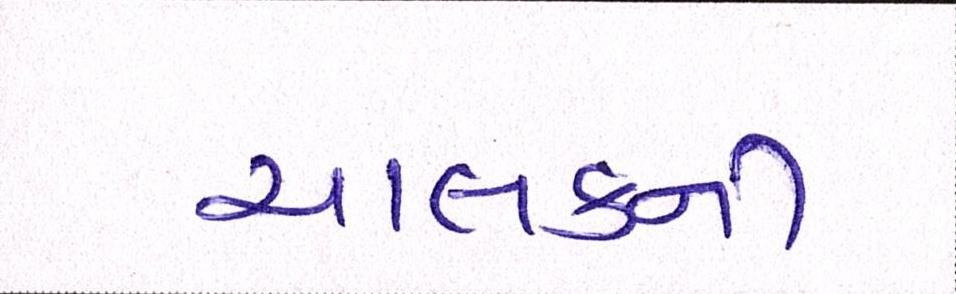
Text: ચાલકની